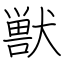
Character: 獣